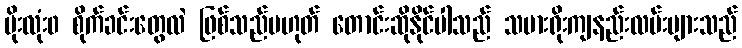
မိုးလုံး၀ စိုက်ခင်းတွေလဲ ဖြစ်သည်မဟုတ် တောင်းဆိုနိုင်ပါသည် သမားရိုးကျနည်းလမ်းများသည်